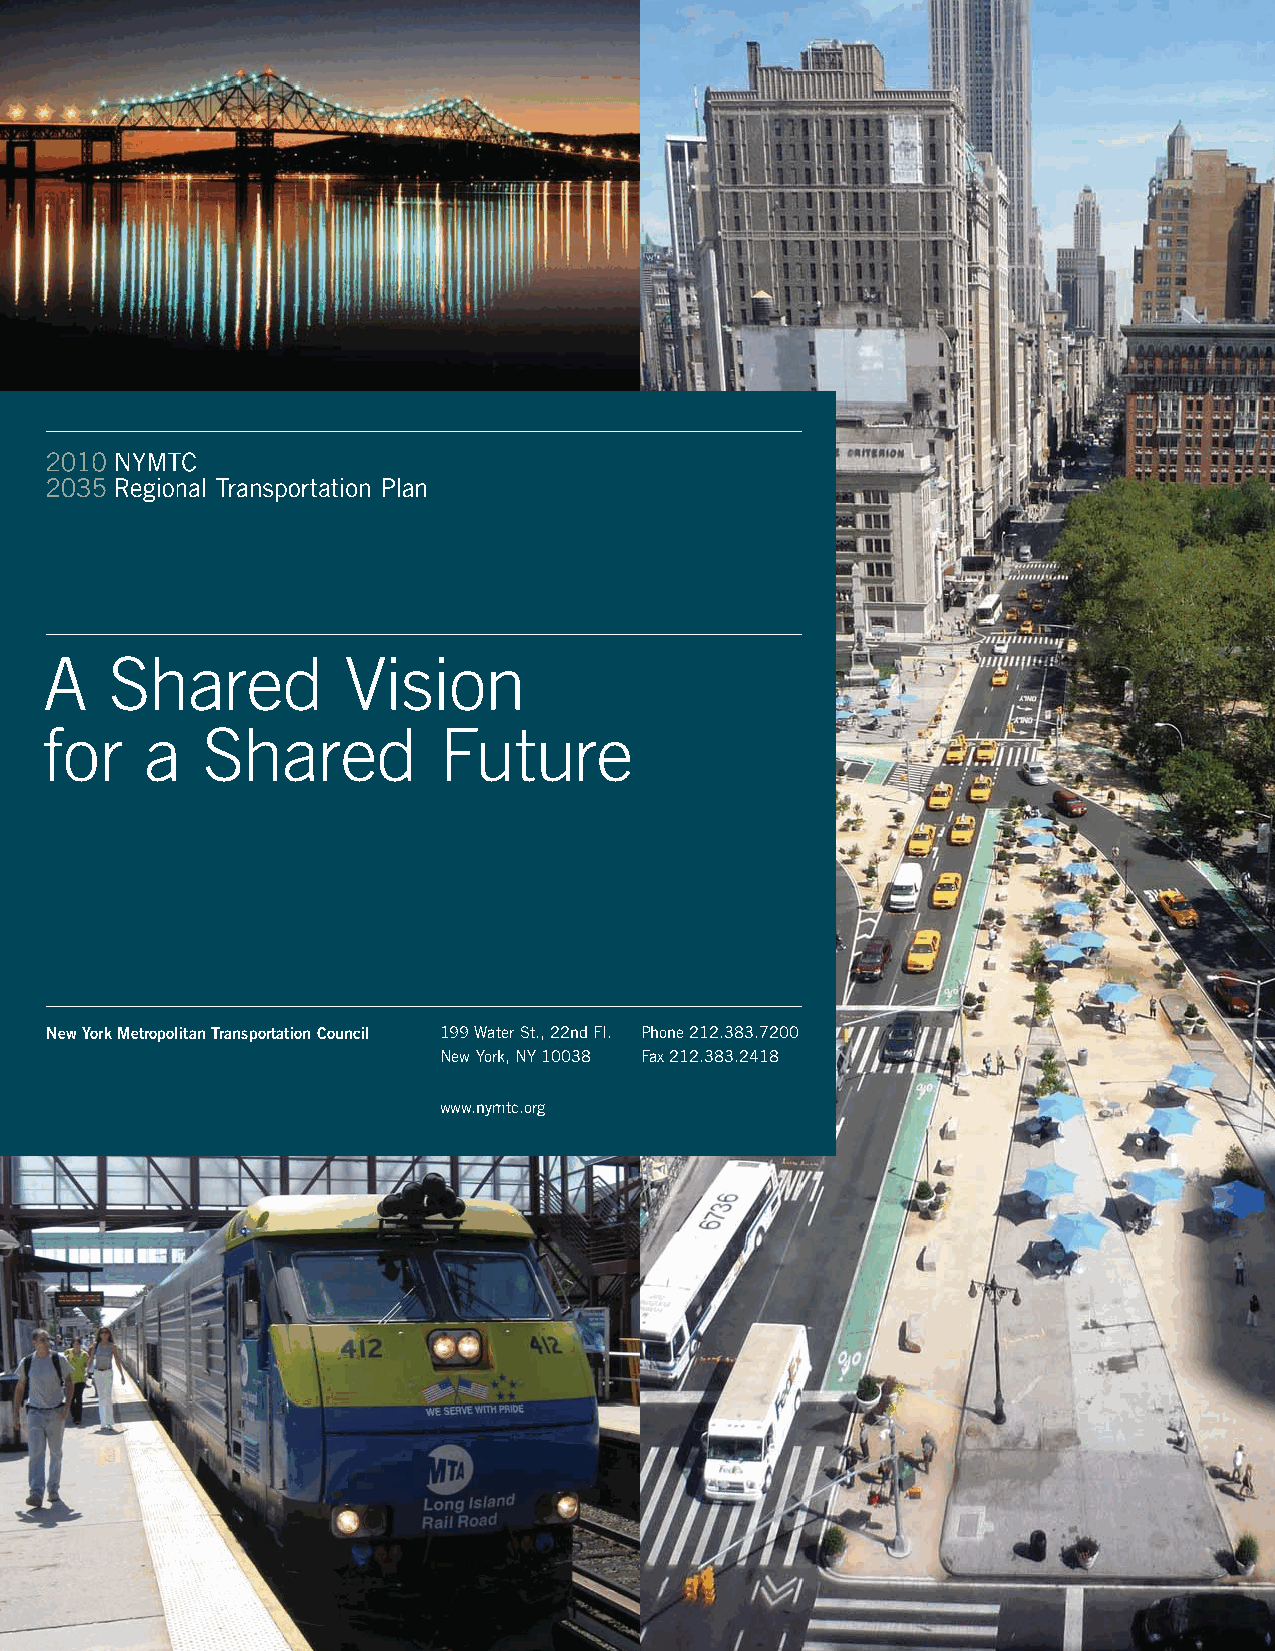
A   Shared          Vision
 for    a  Shared          Future
 New York Metropolitan Transportation Council 199 Water St., 22nd Fl. Phone 212.383.7200
 New York, NY 10038 Fax 212.383.2418
 www.nymtc.org